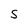
Character: S